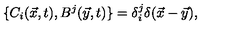
\{ C _ { i } ( \vec { x } , t ) , B ^ { j } ( \vec { y } , t ) \} = \delta _ { i } ^ { j } \delta ( \vec { x } - \vec { y } ) ,